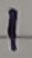
Text: 1